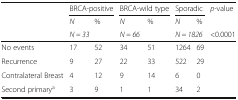
<table><thead><tr><td rowspan="3"></td><td colspan="2"><b>BRCA-positive</b></td><td colspan="2"><b>BRCA-wild type</b></td><td colspan="2"><b>Sporadic</b></td><td><b><i>p</i>-value</b></td></tr><tr><td><b><i>N</i></b></td><td><b>%</b></td><td><b><i>N</i></b></td><td><b>%</b></td><td><b><i>N</i></b></td><td><b>%</b></td><td></td></tr><tr><td colspan="2"><b><i>N = 33</i></b></td><td colspan="2"><b><i>N = 66</i></b></td><td colspan="2"><b><i>N = 1826</i></b></td><td><b>&lt;0.0001</b></td></tr></thead><tbody><tr><td>No events</td><td>17</td><td>52</td><td>34</td><td>51</td><td>1264</td><td>69</td><td></td></tr><tr><td>Recurrence</td><td>9</td><td>27</td><td>22</td><td>33</td><td>522</td><td>29</td><td></td></tr><tr><td>Contralateral Breast</td><td>4</td><td>12</td><td>9</td><td>14</td><td>6</td><td>0</td><td></td></tr><tr><td>Second primary<sup>a</sup></td><td>3</td><td>9</td><td>1</td><td>1</td><td>34</td><td>2</td><td></td></tr></tbody></table>